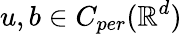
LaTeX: u,b\in C_{per}(\mathbb{R}^{d})